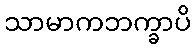
သာမာကဘက္ခာပိ